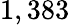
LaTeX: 1,383